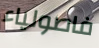
فاصولياء